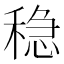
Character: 稳